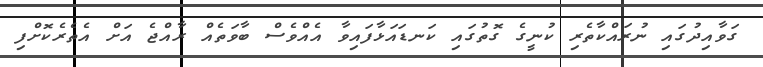
ގަވާއިދުގައި ނުރައްކާތެރި ކުނީގެ ގޮތުގައި ކަނޑައަޅާފައިވާ އެއްވެސް ބާވަތެއް ރާއްޖެ އަށް އެތެރެކޮށްފި